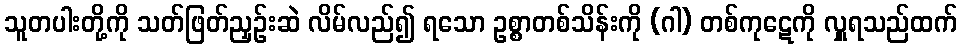
သူတပါးတို့ကို သတ်ဖြတ်ညှဉ်းဆဲ လိမ်လည်၍ ရသော ဥစ္စာတစ်သိန်းကို (ဂါ) တစ်ကုဋေကို လှူရသည်ထက်